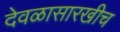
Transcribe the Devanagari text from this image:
देवळासारखीच